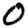
Digit: 0